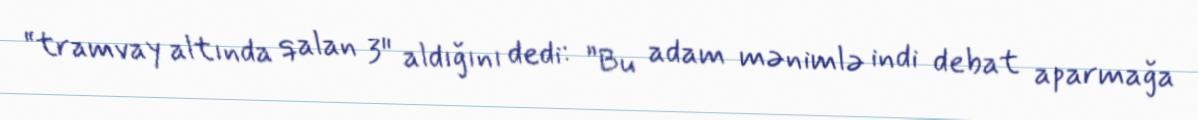
“tramvay altında qalan 3" aldığını dedi: ”Bu adam mənimlə indi debat aparmağa